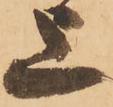
上